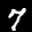
Label: 7